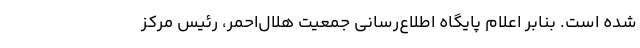
شده است. بنابر اعلام پایگاه اطلاع‌رسانی جمعیت هلال‌احمر، رئیس مرکز